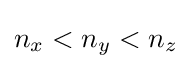
n_{x}<n_{y}<n_{z}